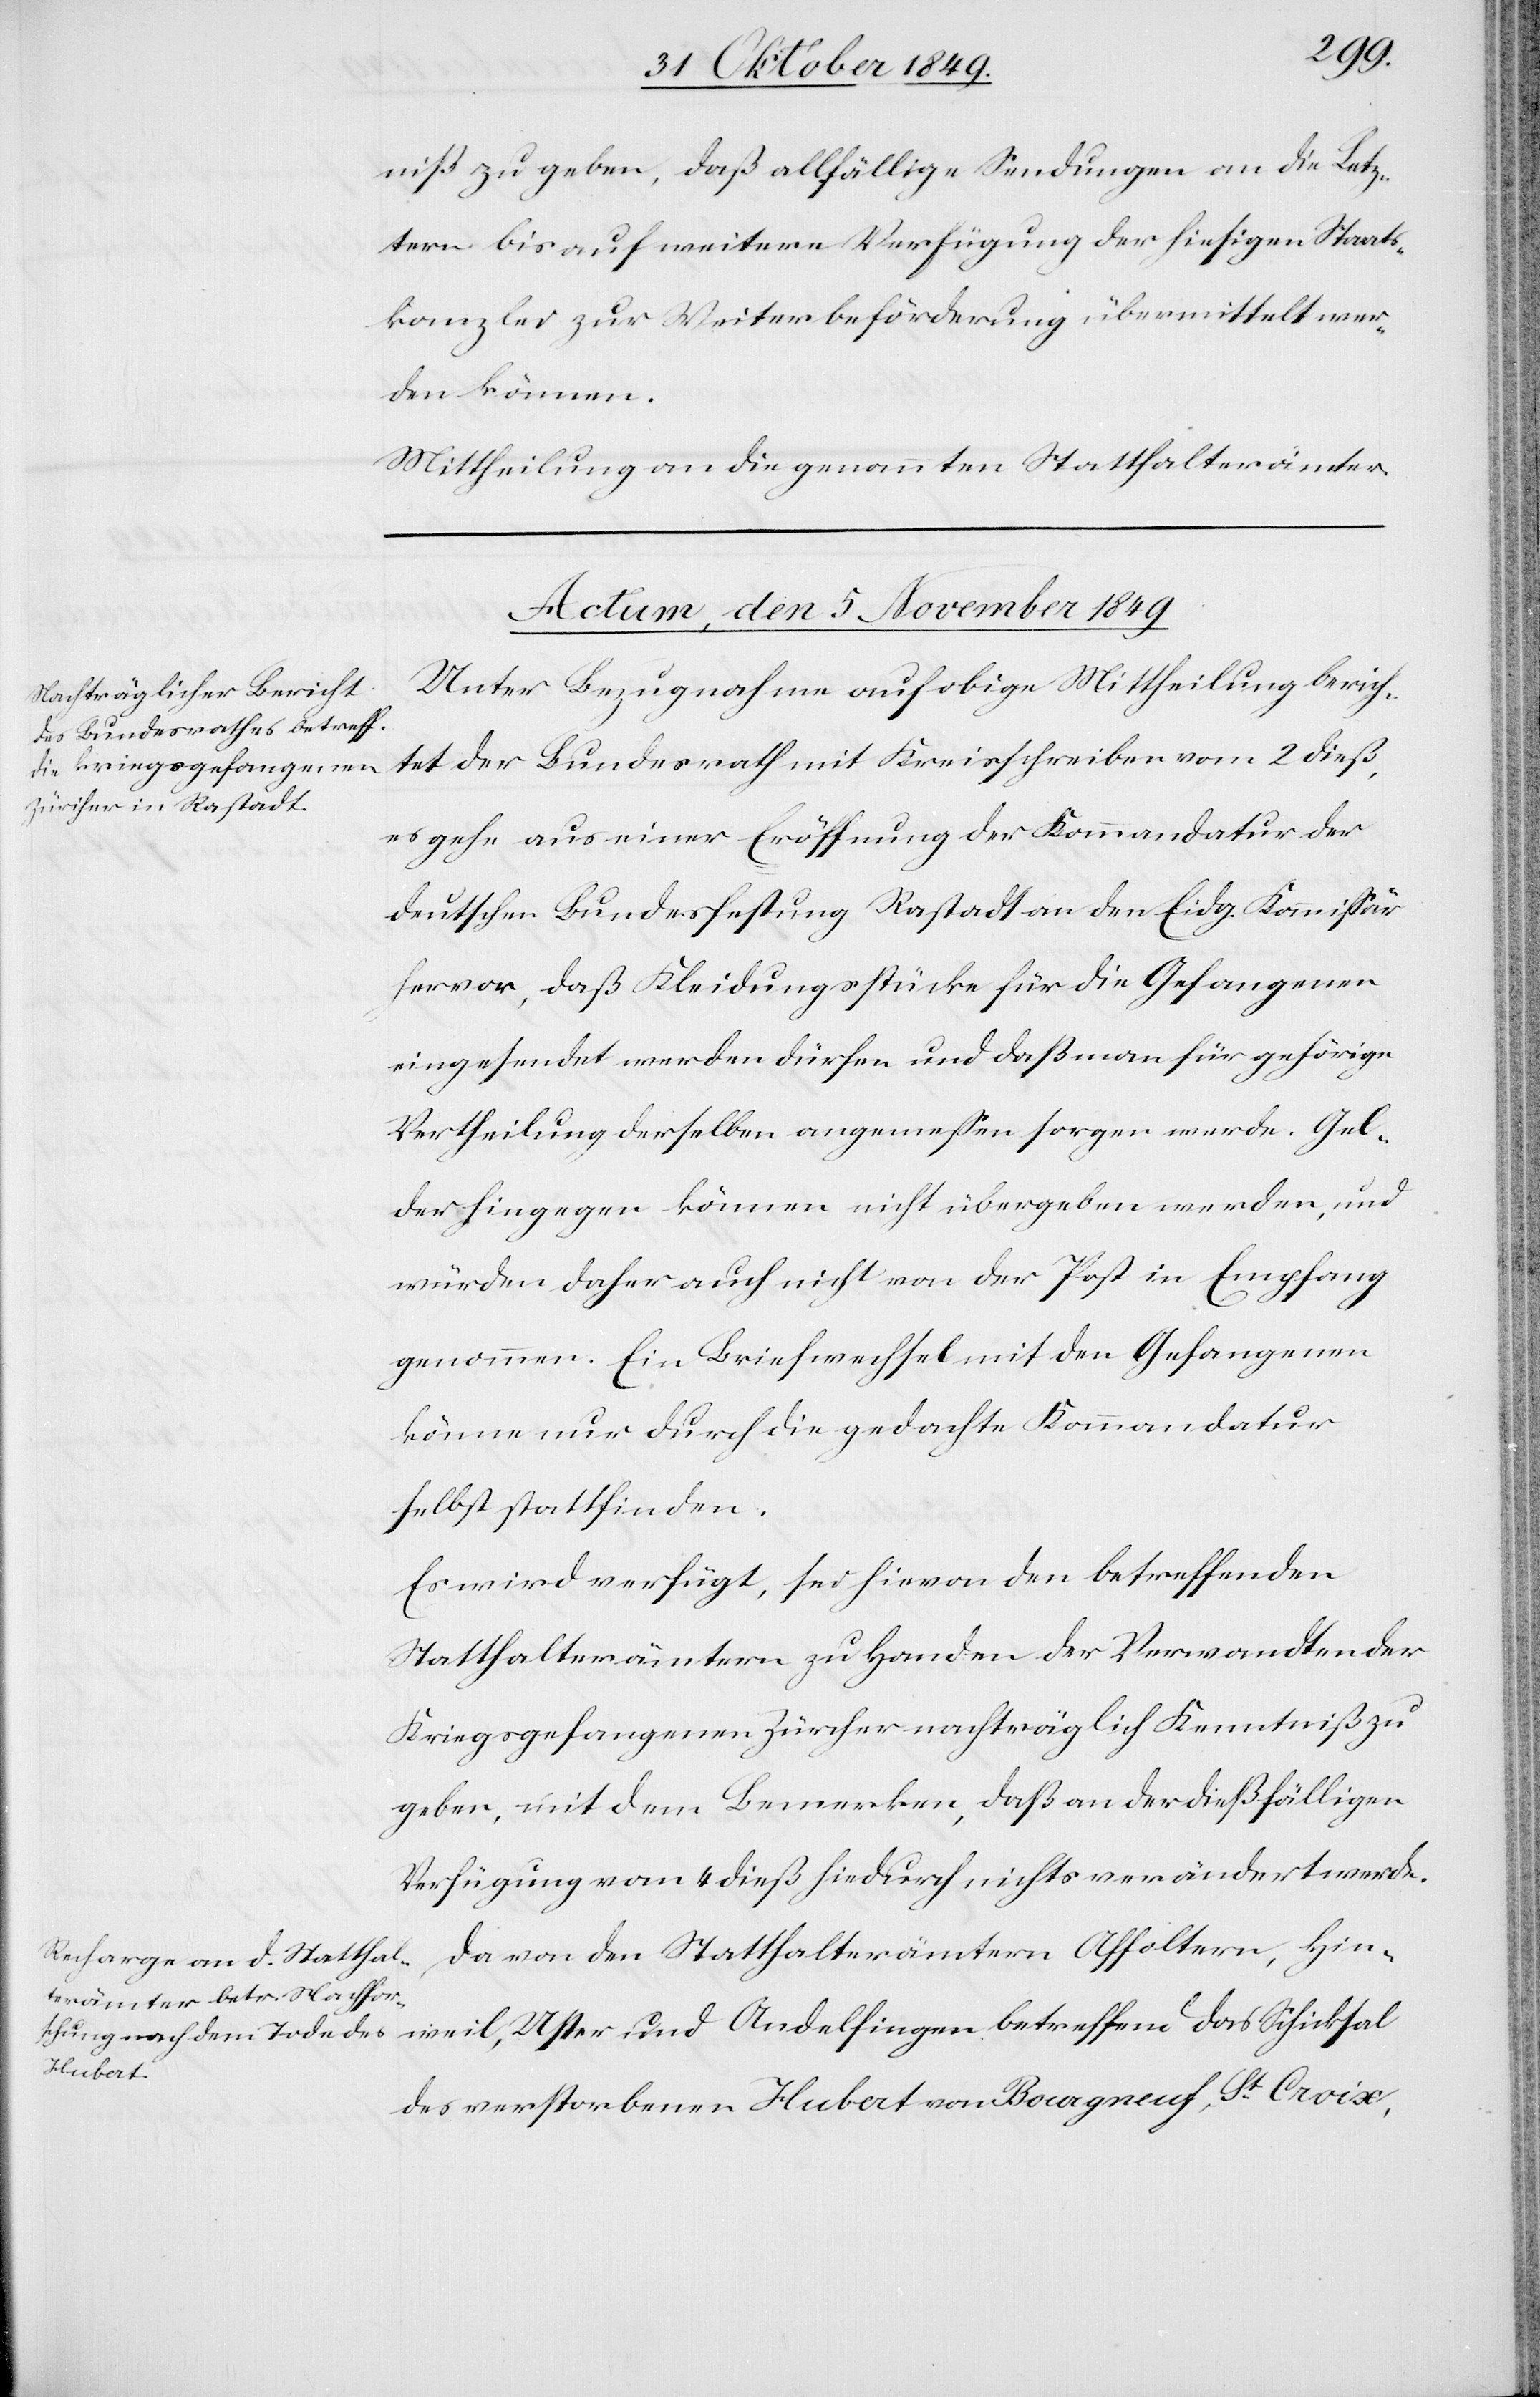
das
niß zu geben, daß allfällige Sendungen an die Letz¬
tern bis auf weitere Verfügung der hiesigen Staats¬
kanzlei zur Weiterbeförderung übermittelt wer¬
den können.
Mittheilung an die genannten Statthalterämter.
Actum, den 5 November 1849.]
Unter Bezugnahme auf obige Mittheilung berich¬
tet der Bundesrath mit Kreisschreiben vom 2 dieß,
es gehe aus einer Eröffnung der Kommandatur der
deutschen Bundesfestung Rastadt an den Eidg. Kommißär
hervor, daß Kleidungsstücke für die Gefangenen
eingesendet werden dürfen und daß man für gehörige
Vertheilung derselben angemeßen sorgen werde. Gel¬
der hingegen können nicht übergeben werden, und
würden daher auch nicht von der Post in Empfang
genommen. Ein Briefwechsel mit den Gefangenen
könne nur durch die gedachte Kommandatur
selbst stattfinden.
Es wird verfügt, sei hievon den betreffenden
Statthalterämtern zu Handen der Verwandten der
Kriegsgefangenen Zürcher nachträglich Kenntniß zu
geben, mit dem Bemerken, daß an der dießfälligen
Verfügung vom 4 dieß hiedurch nichts verändert werde.
Da von den Statthalterämtern Affoltern, Hin¬
des verstorbenen Hubat von Bocagneuf, St Croix,